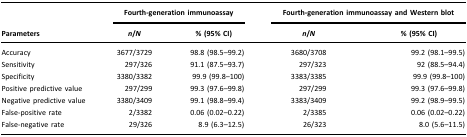
<table><thead><tr><td><b> </b></td><td colspan="2"><b>Fourth-generation immunoassay</b></td><td colspan="2"><b>Fourth-generation immunoassay and Western blot</b></td></tr><tr><td><b>Parameters</b></td><td><b><i>n</i>/<i>N</i></b></td><td><b>% (95% CI)</b></td><td><b><i>n</i>/<i>N</i></b></td><td><b>% (95% CI)</b></td></tr></thead><tbody><tr><td>Accuracy</td><td>3677/3729</td><td>98.8 (98.5–99.2)</td><td>3680/3708</td><td>99.2 (98.1–99.5)</td></tr><tr><td>Sensitivity</td><td>297/326</td><td>91.1 (87.5–93.7)</td><td>297/323</td><td>92 (88.5–94.4)</td></tr><tr><td>Specificity</td><td>3380/3382</td><td>99.9 (99.8–100)</td><td>3383/3385</td><td>99.9 (99.8–100)</td></tr><tr><td>Positive predictive value</td><td>297/299</td><td>99.3 (97.6–99.8)</td><td>297/299</td><td>99.3 (97.6–99.8)</td></tr><tr><td>Negative predictive value</td><td>3380/3409</td><td>99.1 (98.8–99.4)</td><td>3383/3409</td><td>99.2 (98.9–99.5)</td></tr><tr><td>False-positive rate</td><td>2/3382</td><td>0.06 (0.02–0.22)</td><td>2/3385</td><td>0.06 (0.02–0.22)</td></tr><tr><td>False-negative rate</td><td>29/326</td><td>8.9 (6.3–12.5)</td><td>26/323</td><td>8.0 (5.6–11.5)</td></tr></tbody></table>